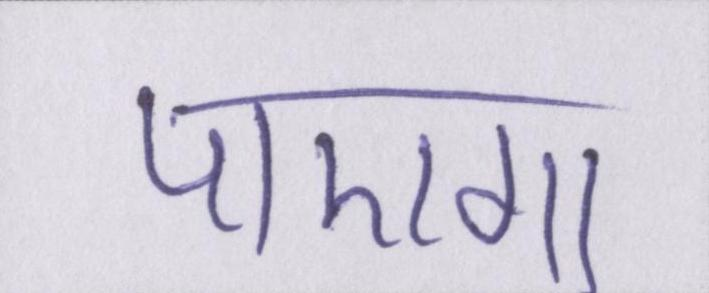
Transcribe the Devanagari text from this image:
पाएगा